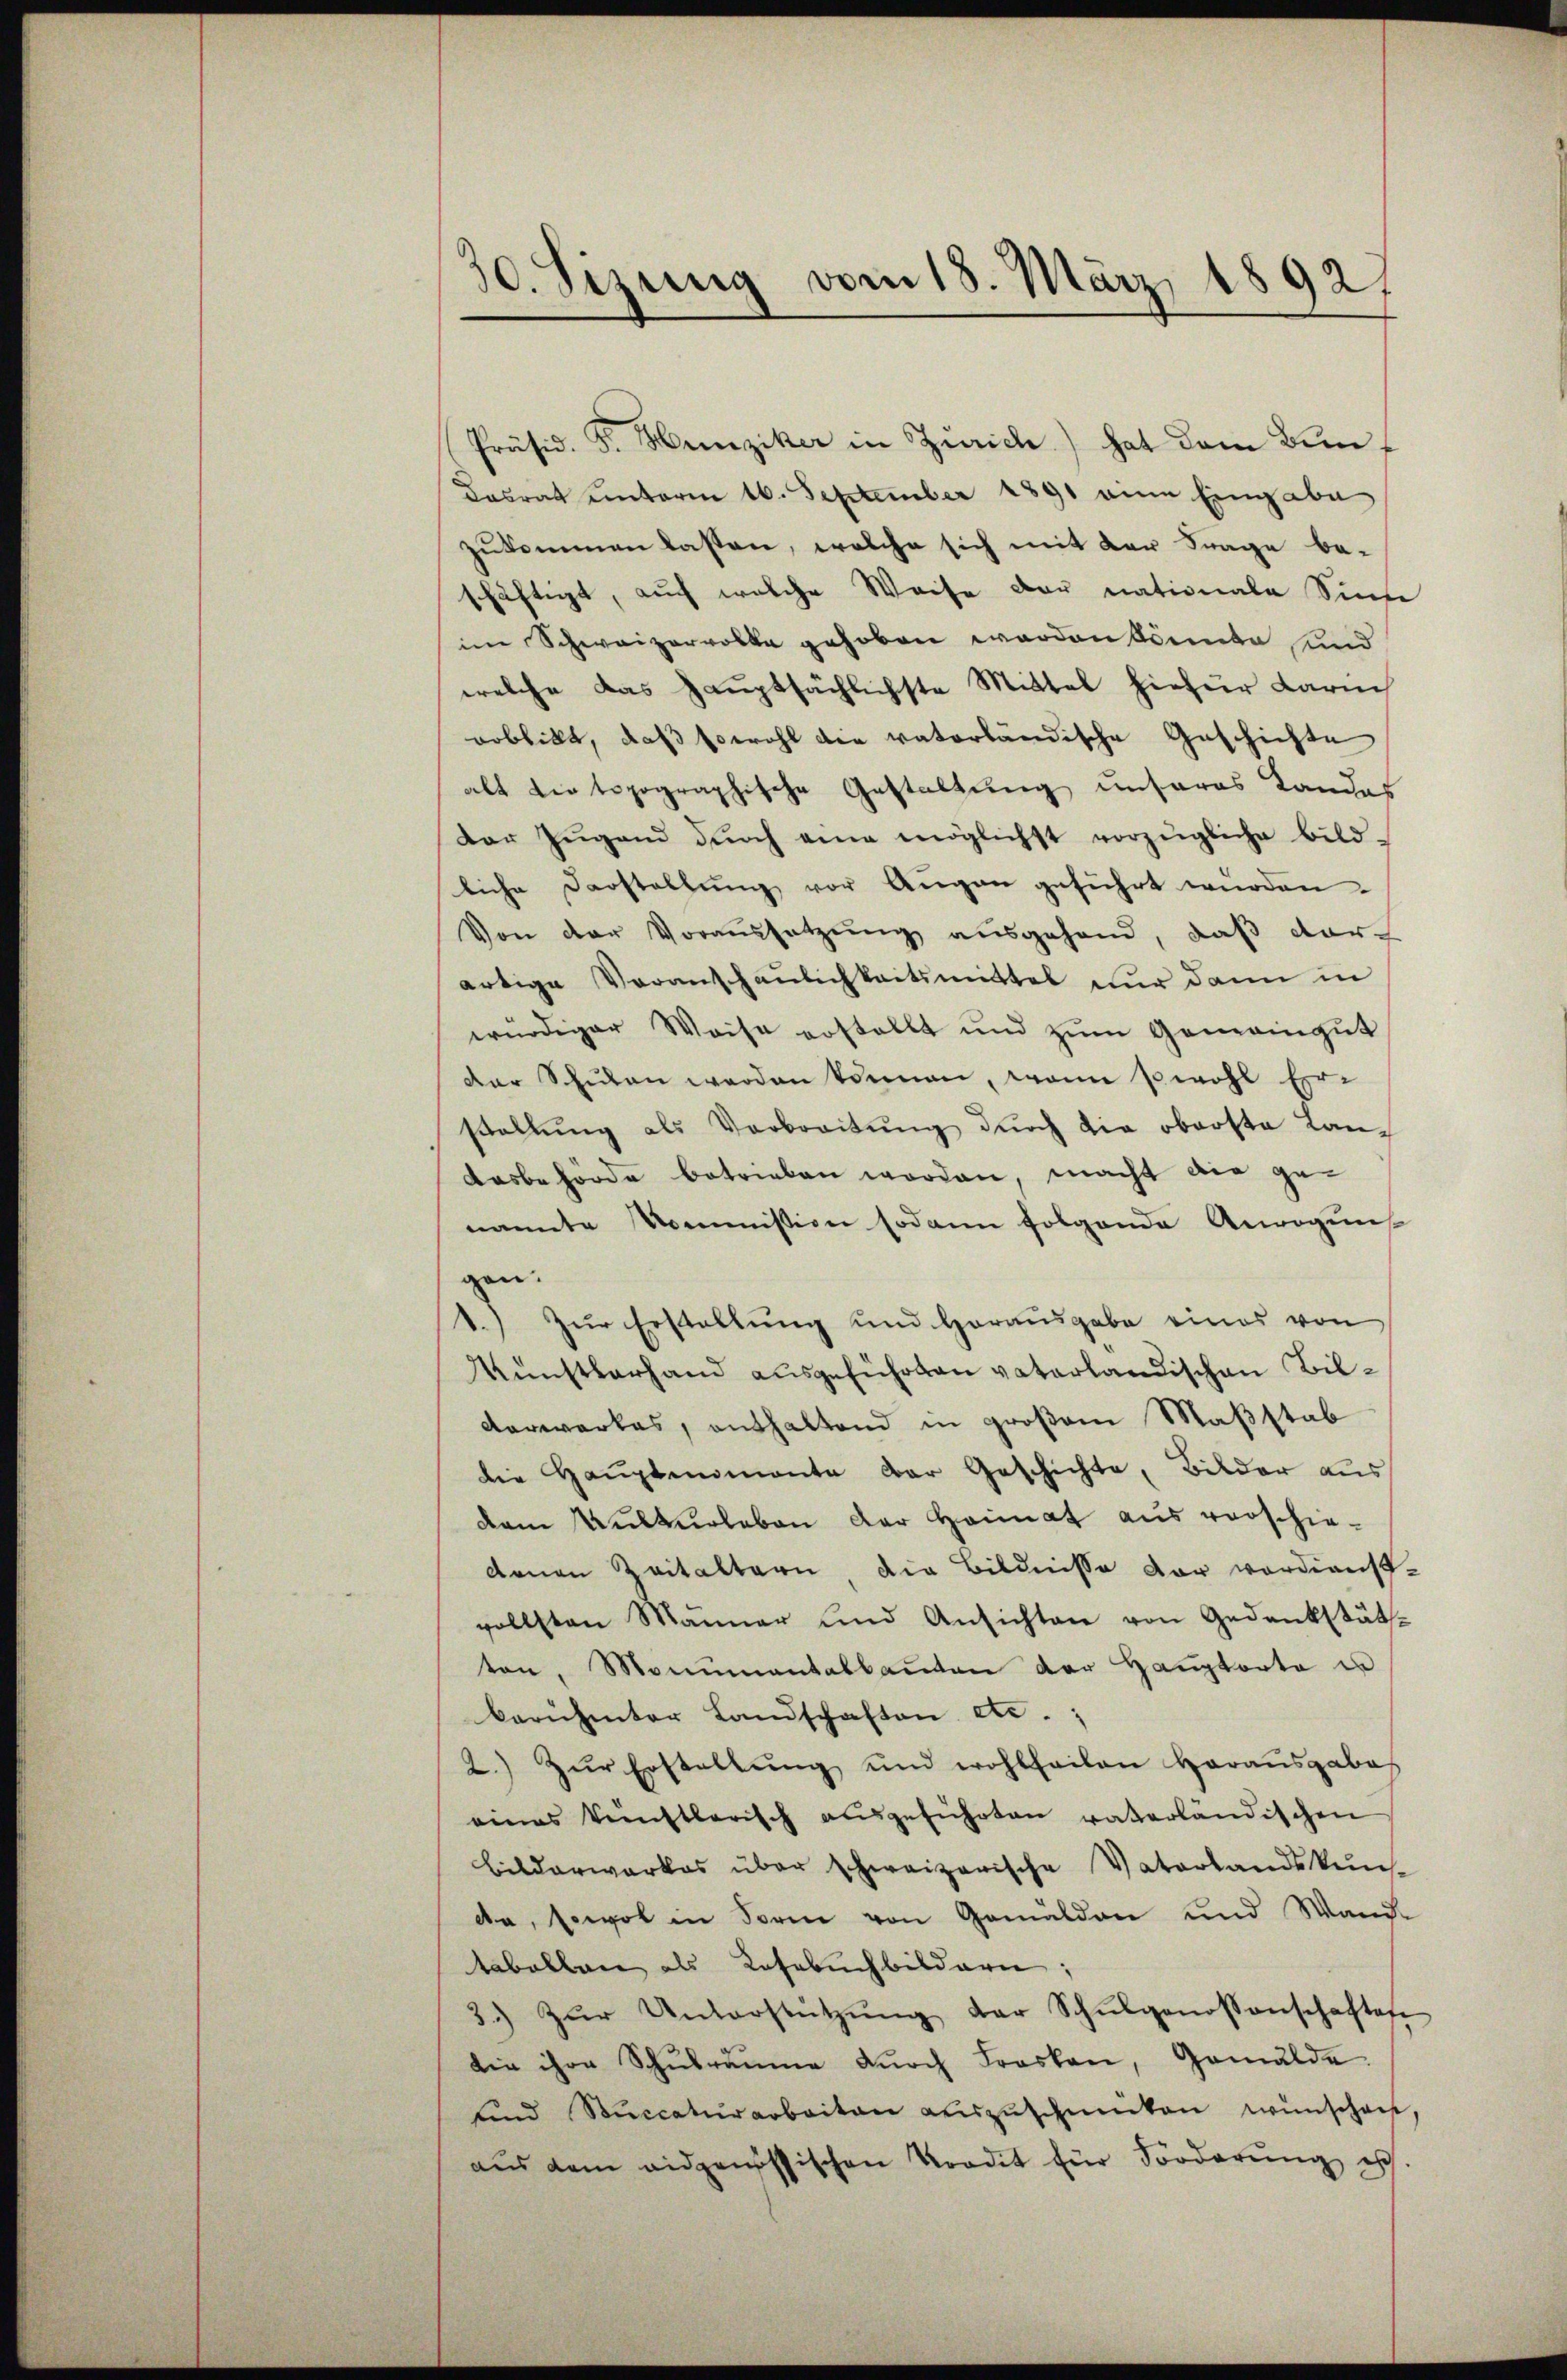
.
10. Sizung vom 18. März 1892/

Präsid. F. Hunziker in Zürich) hat dem Bun¬
Dasrat unterm 16. September 1891 eine Eingabe
zukommen lassen, welche sich mit der Frage be-
schäftigt, auch welche Weise der nationale Sinne
im Schweizervolke gehoben worden könnte und
welche das Hauptsächlichste Mittel hiefür dari
arblickt, daß sowohl die vaterländische Geschichte
alt die topographische Gestaltung unseres Landas
der Zügend dŭrch eine möglichst vorzügliche Bild-
liche Darstellŭng vor Aŭgen geführt würden.
Von der Voraussetzŭng ausgehand, daβ dar-
artige Voranschaulichkeitsmittel nur dann in
würdiger Weise erstellt und zŭm Gemeingut
der Schŭlen werden können, wenn sowohl Er-
stallŭng als Verbreitŭng dŭrch die oberste Lan-
dasbehörde betrieben worden, macht die ge-
nannte Kommission sodann folgende Anregung
gen.
1.) Zur Erstellung und Horausgabe eines von
Künstlerhand ausgeführten vaterländischen Bil¬
Verwerkes, enthaltend in großem Maßstab
die Hauptmomente der Geschichte, Bilder aus
dem Kulturleben der Heimat aus verschiedenen Zeitaltern die Bildnisse der verdienst-
vollsten Manner und Ansichten von Gedankstäts-
ten, Monumentalbauten der Hauptorte in
berühmter Landschaften etc.;
2.) Zŭr Erstellŭng und wohlfeilen herausgabes
eines künstlerisch aŭsgeführten vaterländischen
bilderwerkes über schweizerische Vaterlandskuns
da, sowol in Form von Gemälden und Wand-
taballen als Losebuchbildern
3.) zŭr Unterstützŭng der Schŭlgenossenschaften
die ihre Schŭlräŭme dŭrch Frasken, Gemälde
und Stuccaturarbeiten aŭszŭschmüten wünschen,
aŭs dem eidgenössischen Kredit für Forderŭng ist.